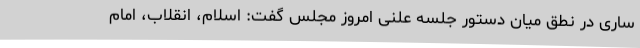
ساری در نطق میان دستور جلسه علنی امروز مجلس گفت: اسلام، انقلاب، امام